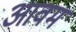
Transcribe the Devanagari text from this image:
आवम